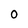
Character: O